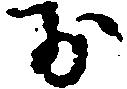
お